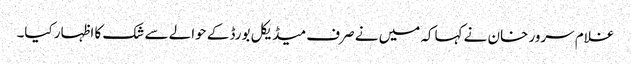
غلام سرور خان نے کہاکہ میں نے صرف میڈیکل بورڈ کے حوالے سے شک کا اظہار کیا۔